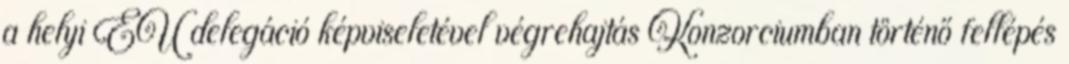
a helyi EU delegáció képviseletével végrehajtás Konzorciumban történő fellépés